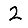
Digit: 2